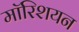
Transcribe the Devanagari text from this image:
मॉरिशयन